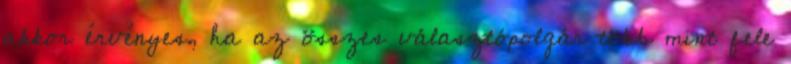
akkor érvényes, ha az összes választópolgár több mint fele